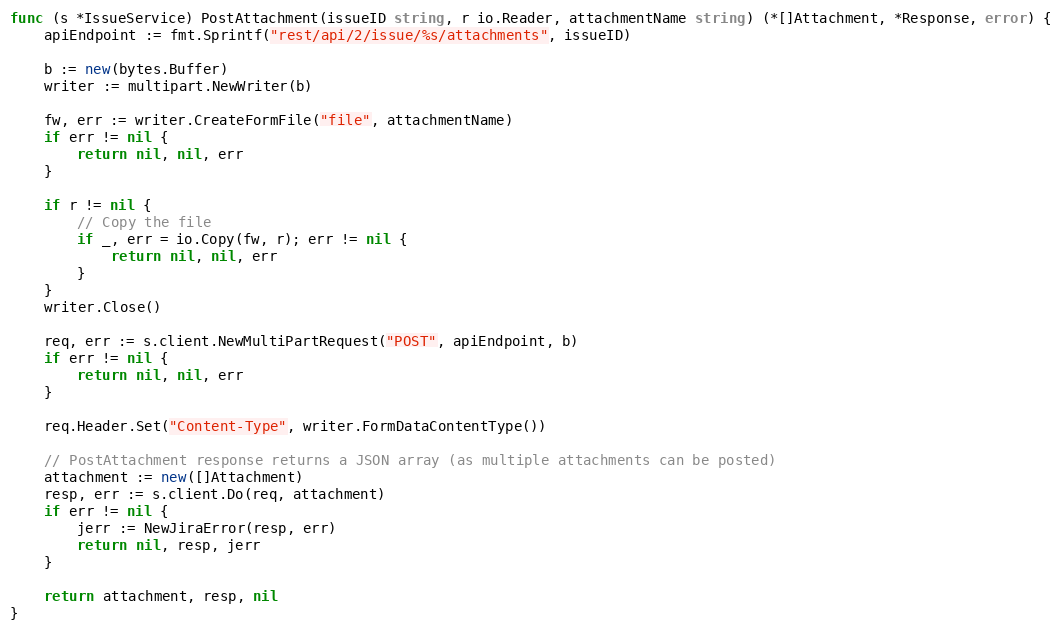
Language: Go
func (s *IssueService) PostAttachment(issueID string, r io.Reader, attachmentName string) (*[]Attachment, *Response, error) {
	apiEndpoint := fmt.Sprintf("rest/api/2/issue/%s/attachments", issueID)

	b := new(bytes.Buffer)
	writer := multipart.NewWriter(b)

	fw, err := writer.CreateFormFile("file", attachmentName)
	if err != nil {
		return nil, nil, err
	}

	if r != nil {
		// Copy the file
		if _, err = io.Copy(fw, r); err != nil {
			return nil, nil, err
		}
	}
	writer.Close()

	req, err := s.client.NewMultiPartRequest("POST", apiEndpoint, b)
	if err != nil {
		return nil, nil, err
	}

	req.Header.Set("Content-Type", writer.FormDataContentType())

	// PostAttachment response returns a JSON array (as multiple attachments can be posted)
	attachment := new([]Attachment)
	resp, err := s.client.Do(req, attachment)
	if err != nil {
		jerr := NewJiraError(resp, err)
		return nil, resp, jerr
	}

	return attachment, resp, nil
}